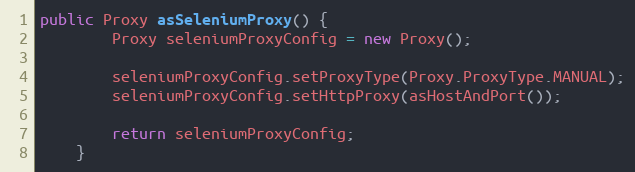
Language: Java
public Proxy asSeleniumProxy() {
        Proxy seleniumProxyConfig = new Proxy();

        seleniumProxyConfig.setProxyType(Proxy.ProxyType.MANUAL);
        seleniumProxyConfig.setHttpProxy(asHostAndPort());

        return seleniumProxyConfig;
    }